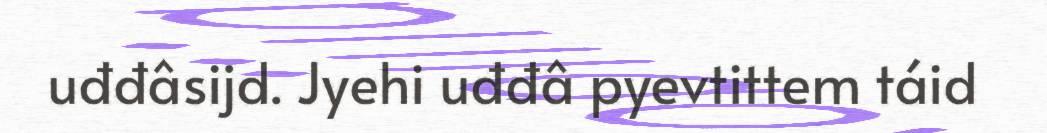
uđđâsijd. Jyehi uđđâ pyevtittem táid